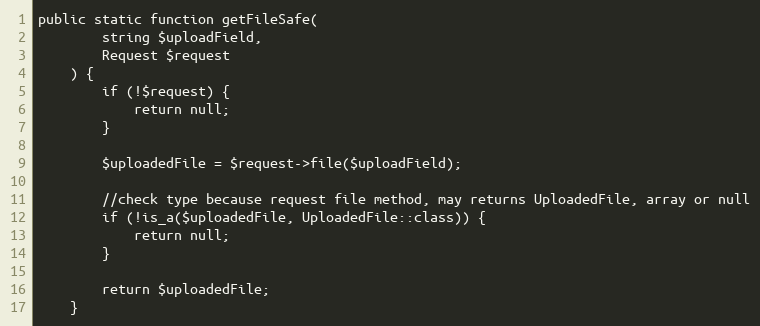
Language: PHP
public static function getFileSafe(
        string $uploadField,
        Request $request
    ) {
        if (!$request) {
            return null;
        }

        $uploadedFile = $request->file($uploadField);

        //check type because request file method, may returns UploadedFile, array or null
        if (!is_a($uploadedFile, UploadedFile::class)) {
            return null;
        }

        return $uploadedFile;
    }